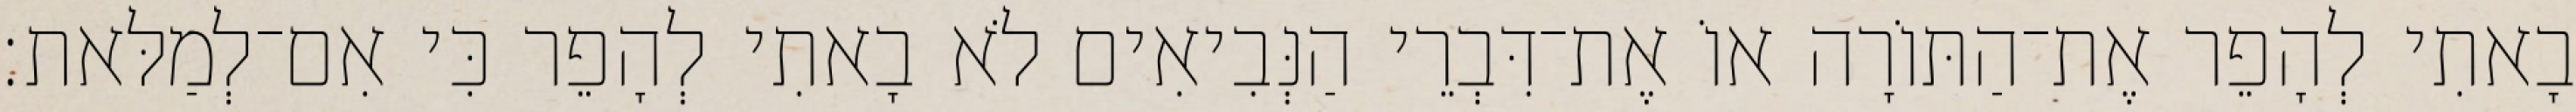
בָאתִי לְהָפֵר אֶת־הַתּוֹרָה אוֹ אֶת־דִּבְרֵי הַנְּבִיאִים לֹא בָאתִי לְהָפֵר כִּי אִם־לְמַלּאת׃